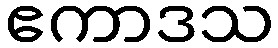
ဧကာဒသ